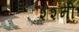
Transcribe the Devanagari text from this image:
शेशनी